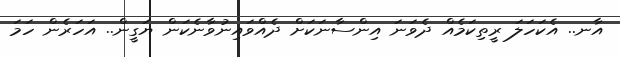
އާނ.. އެކަހަލަ ރީތިކަމެއް ދެވަނަ އިންސާނަކަށް ދެއްވައިނުވާނެކަން ޔަގީން.. އަހަރެން ހަމަ